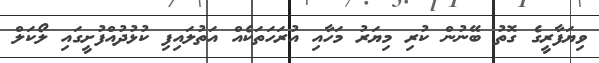
ވިޔަފާރީގެ ގޮތު ބޭނުން ކުރި މިޔަރު މަހާއި އުރަހަތަކެއް އަތުލައިފި ކުޅުދުއްފުށީގައި ލޯކަލް